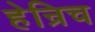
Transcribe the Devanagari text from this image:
हेन्रिच